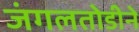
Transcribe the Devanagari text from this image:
जंगलतोडीने